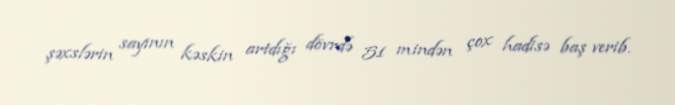
şəxslərin sayının kəskin artdığı dövrdə 51 mindən çox hadisə baş verib.